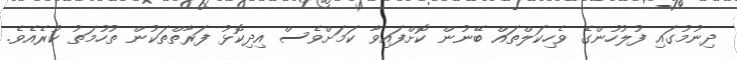
ދިނުމުގައި ފުލުހުންގެ ވެހިކަލްތައް ބޭނުން ކޮށްފައިވާ ކަމަށްވެސް އިދިކޮޅު ފަރާތްތަކުން ތުހުމަތު ކުރެއެވެ.